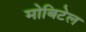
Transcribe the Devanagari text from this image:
मोबिटेल